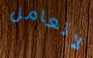
لأتعامل